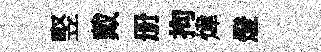
竪戴册拘煒燈